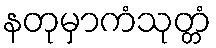
နတုမှာကံသုတ္တံ